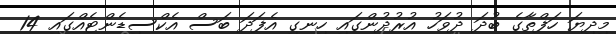
މިދިޔަ ހަފްތާގެ ބުދަ ދުވަހު އުރުދުންގައި ހިނގި އެފަދަ ބަސް އެކްސިޑެންޓެއްގައި 14